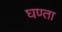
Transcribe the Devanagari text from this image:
घण्ता